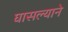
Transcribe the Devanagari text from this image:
घासल्याने